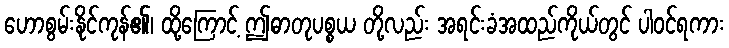
ဟောစွမ်းနိုင်ကုန်၏၊ ထို့ကြောင့် ဤဓာတုပစ္စယ တို့လည်း အရင်းခံအထည်ကိုယ်တွင် ပါဝင်ရကား